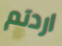
اردتم